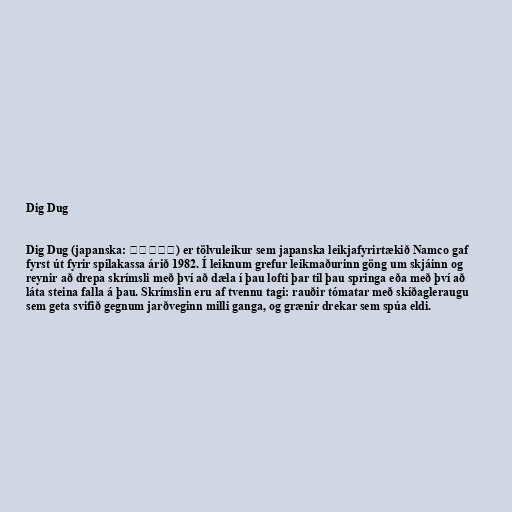
Dig Dug

Dig Dug (japanska: ディグダグ) er tölvuleikur sem japanska leikjafyrirtækið Namco gaf
fyrst út fyrir spilakassa árið 1982. Í leiknum grefur leikmaðurinn göng um skjáinn og
reynir að drepa skrímsli með því að dæla í þau lofti þar til þau springa eða með því að
láta steina falla á þau. Skrímslin eru af tvennu tagi: rauðir tómatar með skíðagleraugu
sem geta svifið gegnum jarðveginn milli ganga, og grænir drekar sem spúa eldi.